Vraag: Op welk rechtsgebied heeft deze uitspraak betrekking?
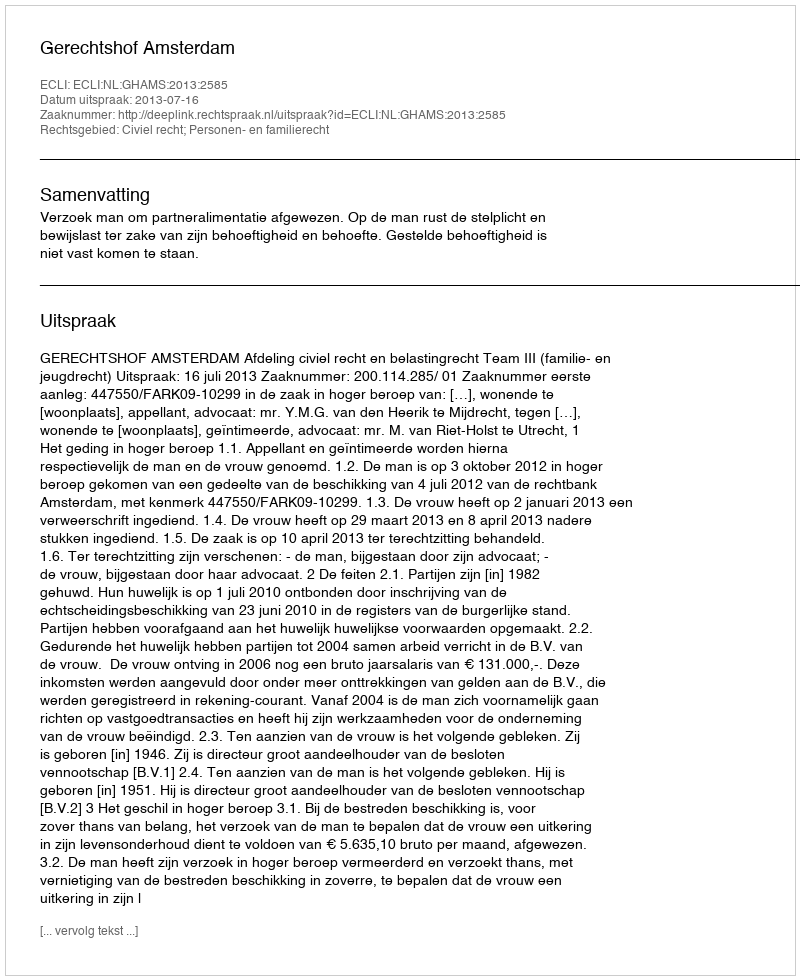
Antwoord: Civiel recht; Personen- en familierecht